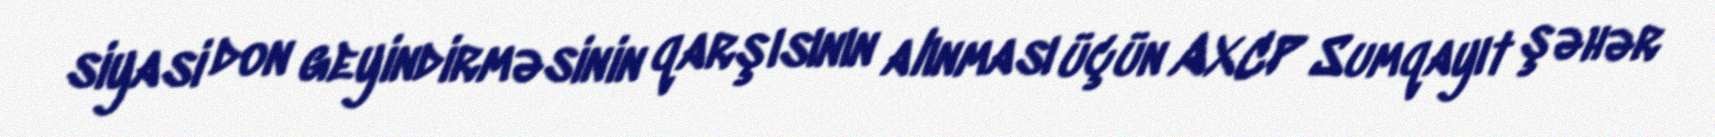
siyasi don geyindirməsinin qarşısının alınması üçün AXCP Sumqayıt şəhər